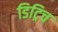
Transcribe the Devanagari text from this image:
डिट्रिच